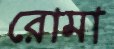
রোমা